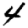
Digit: 4